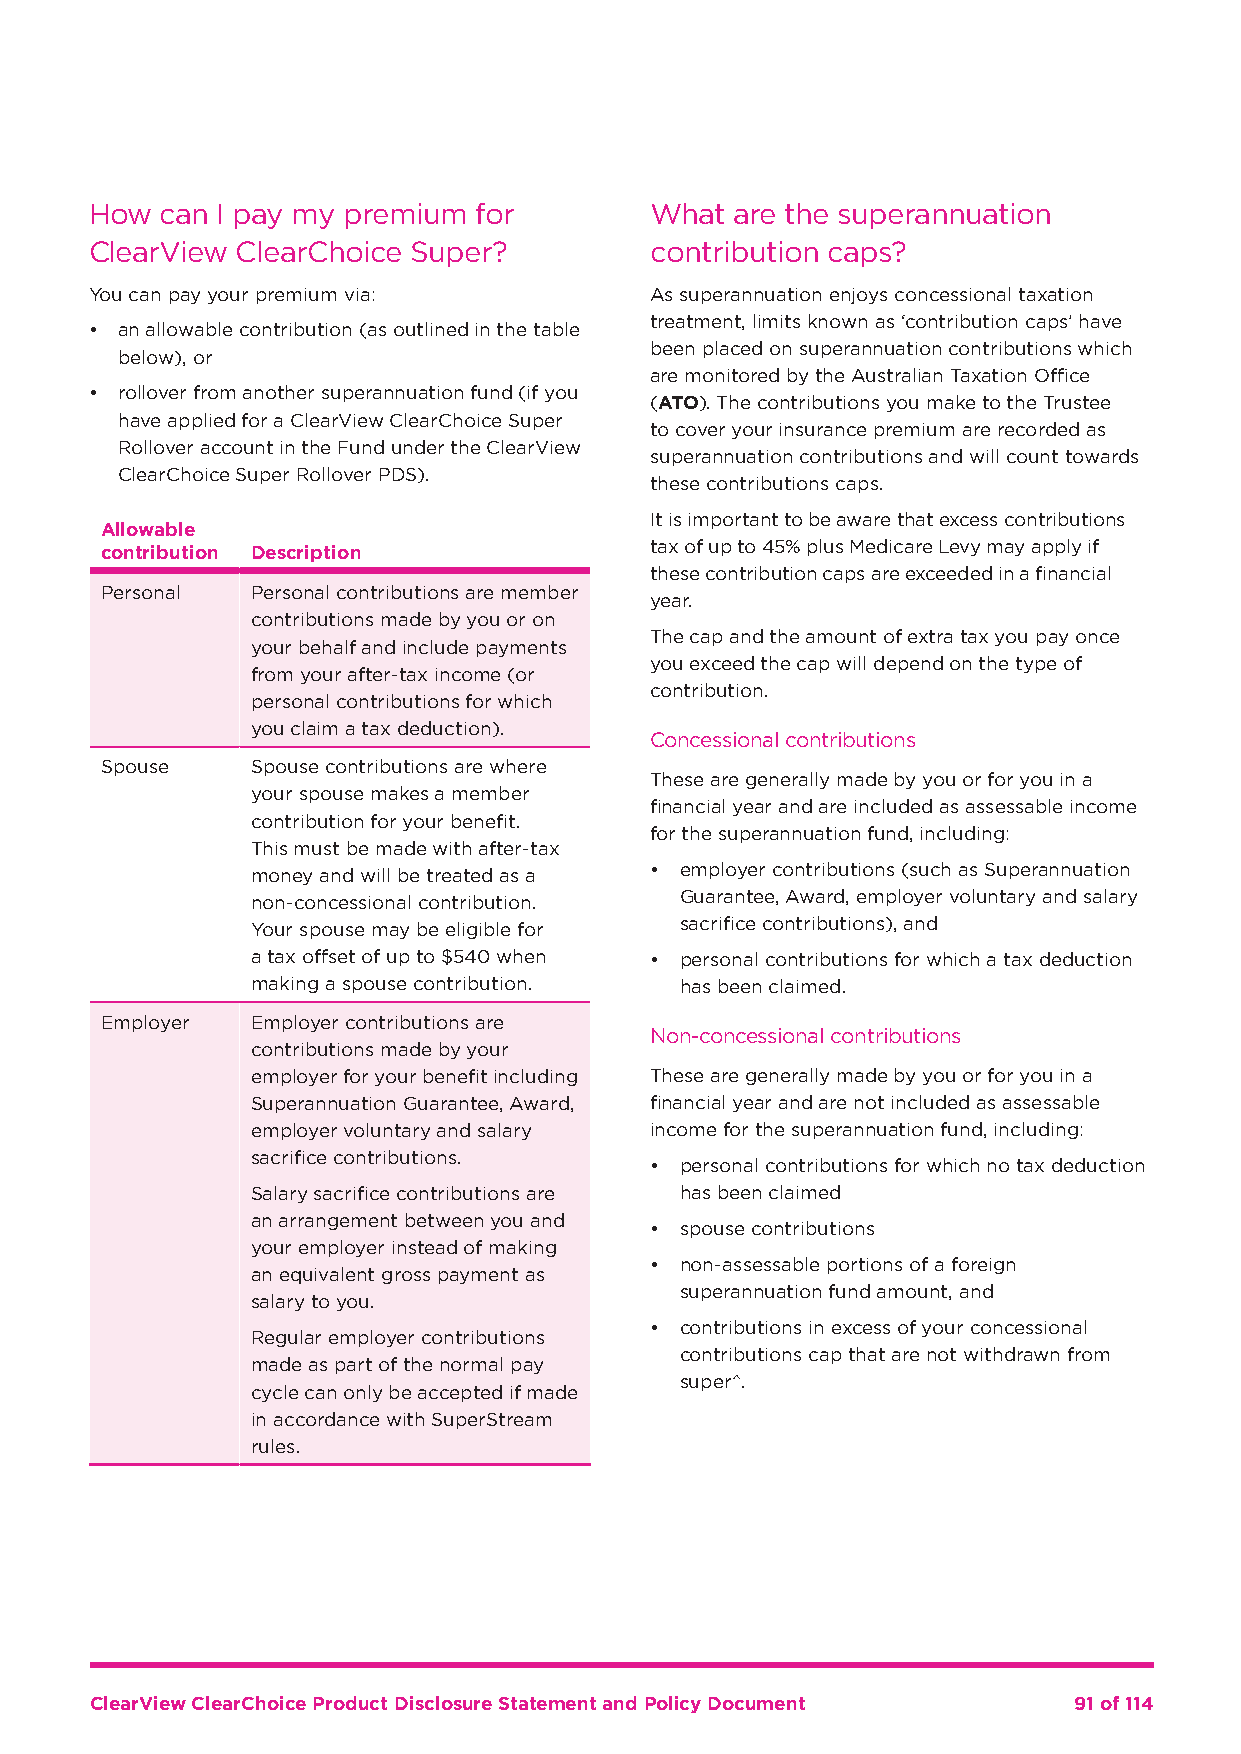
How  can I pay my premium for        What  are the superannuation
 ClearView ClearChoice Super?         contribution caps?
 You can pay your premium via:        As superannuation enjoys concessional taxation
 treatment, limits known as ‘contribution caps’ have
 • an allowable contribution (as outlined in the table
 been placed on superannuation contributions which
 below), or
 are monitored by the Australian Taxation Office
 • rollover from another superannuation fund (if you
 (ATO). The contributions you make to the Trustee
 have applied for a ClearView ClearChoice Super
 to cover your insurance premium are recorded as
 Rollover account in the Fund under the ClearView
 superannuation contributions and will count towards
 ClearChoice Super Rollover PDS).
 these contributions caps.
 It is important to be aware that excess contributions
 Allowable
 tax of up to 45% plus Medicare Levy may apply if
 contribution Description
 these contribution caps are exceeded in a financial
 Personal  Personal contributions are member
 year.
 contributions made by you or on
 The cap and the amount of extra tax you pay once
 your behalf and include payments
 you exceed the cap will depend on the type of
 from your after-tax income (or
 contribution.
 personal contributions for which
 you claim a tax deduction).
 Concessional contributions
 Spouse    Spouse contributions are where
 These are generally made by you or for you in a
 your spouse makes a member
 financial year and are included as assessable income
 contribution for your benefit.
 for the superannuation fund, including:
 This must be made with after-tax
 money and will be treated as a • employer contributions (such as Superannuation
 non-concessional contribution. Guarantee, Award, employer voluntary and salary
 Your spouse may be eligible for sacrifice contributions), and
 a tax offset of up to $540 when • personal contributions for which a tax deduction
 making a spouse contribution. has been claimed.
 Employer  Employer contributions are
 Non-concessional contributions
 contributions made by your
 employer for your benefit including These are generally made by you or for you in a
 Superannuation Guarantee, Award, financial year and are not included as assessable
 employer voluntary and salary income for the superannuation fund, including:
 sacrifice contributions.
 • personal contributions for which no tax deduction
 Salary sacrifice contributions are has been claimed
 an arrangement between you and
 • spouse contributions
 your employer instead of making
 • non-assessable portions of a foreign
 an equivalent gross payment as
 superannuation fund amount, and
 salary to you.
 • contributions in excess of your concessional
 Regular employer contributions
 contributions cap that are not withdrawn from
 made as part of the normal pay
 super^.
 cycle can only be accepted if made
 in accordance with SuperStream
 rules.
 ClearView ClearChoice Product Disclosure Statement and Policy Document 91 of 114